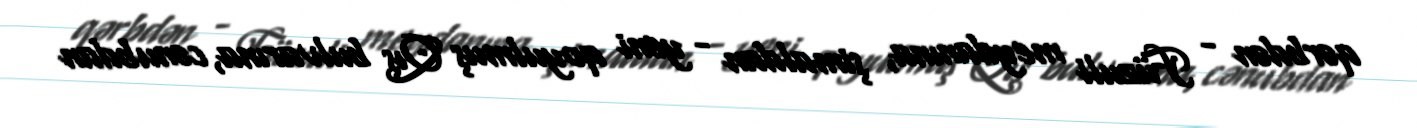
qərbdən - Füzuli meydanına, şimaldan - yeni qoyulmuş Qış bulvarına, cənubdan